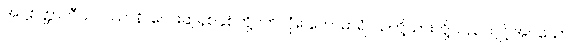
အဋ္ဌစတ္တာလီသဝဿာနိ၊ လေးဆဲ့ရှစ်နှစ်တို့ပတ်လုံး။ ကောမာရံ၊ သတို့သားတို့သည်ကျင့်အပ်သော။